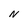
Character: N